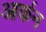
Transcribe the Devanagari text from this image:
आर्कन